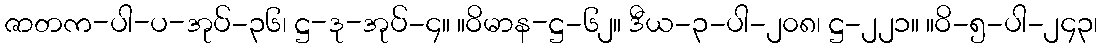
ဇာတက-ပါ-ပ-အုပ်-၃၆၊ ဋ္ဌ-ဒု-အုပ်-၄။ ။ဝိမာန-ဋ္ဌ-၆၂။ ဒီယ-၃-ပါ-၂၀၈၊ ဋ္ဌ-၂၂၁။ ။ဝိ-၅-ပါ-၂၄၃၊